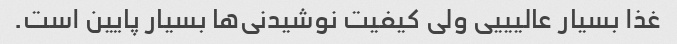
غذا بسیار عالیییی ولی کیفیت نوشیدنی‌ها بسیار پایین است.